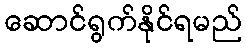
ဆောင်ရွက်နိုင်ရမည်